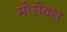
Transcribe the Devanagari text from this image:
मोसेक्स